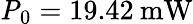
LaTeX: \mathrm{\mathit{P}_{0}}=19.42\: \mathrm{mW}